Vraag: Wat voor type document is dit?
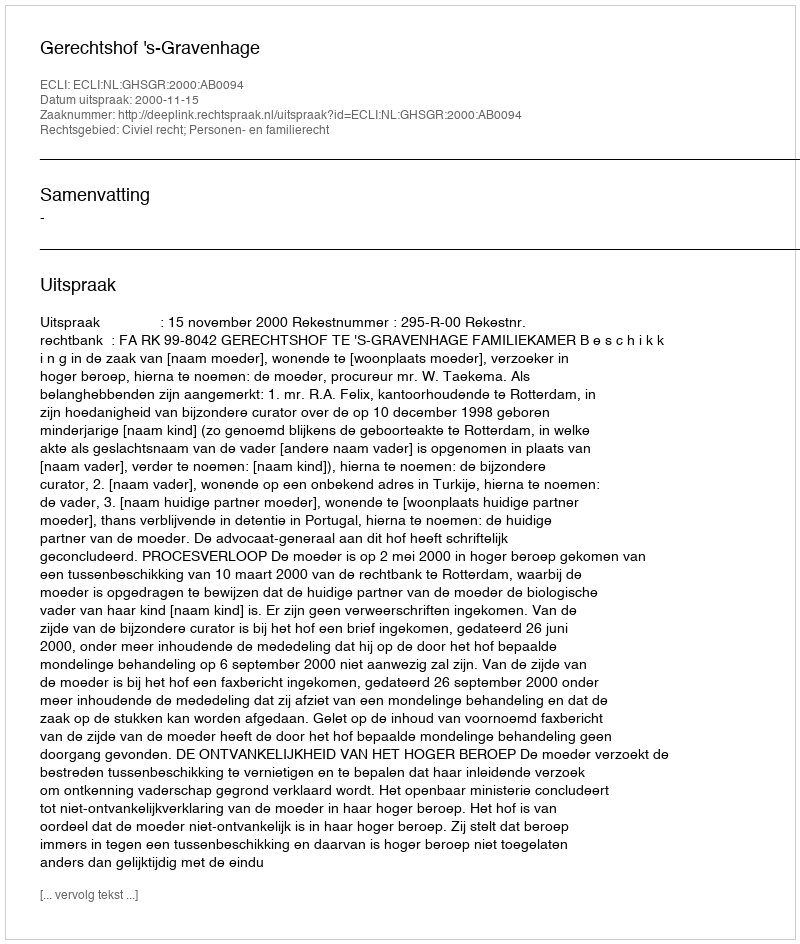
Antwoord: Uitspraak